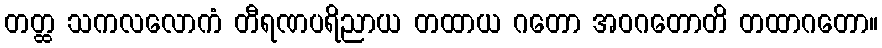
တတ္ထ သကလလောကံ တီရဏပရိညာယ တထာယ ဂတော အဝဂတောတိ တထာဂတော။